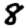
Digit: 8